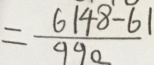
= \frac { 6 1 4 8 - 6 1 } { 9 9 0 _ { - } }